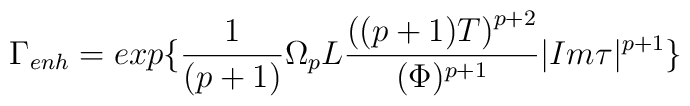
{\Gamma}_{enh}=exp\{\frac{1}{(p+1)}{\Omega}_{p}L\frac{ {\left ((p+1)T \right )}^{p+2}}{({\Phi})^{p+1}}|Im{\tau}|^{p+1}\}